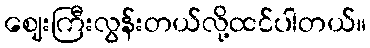
ဈေးကြီးလွန်းတယ်လို့ထင်ပါတယ်။